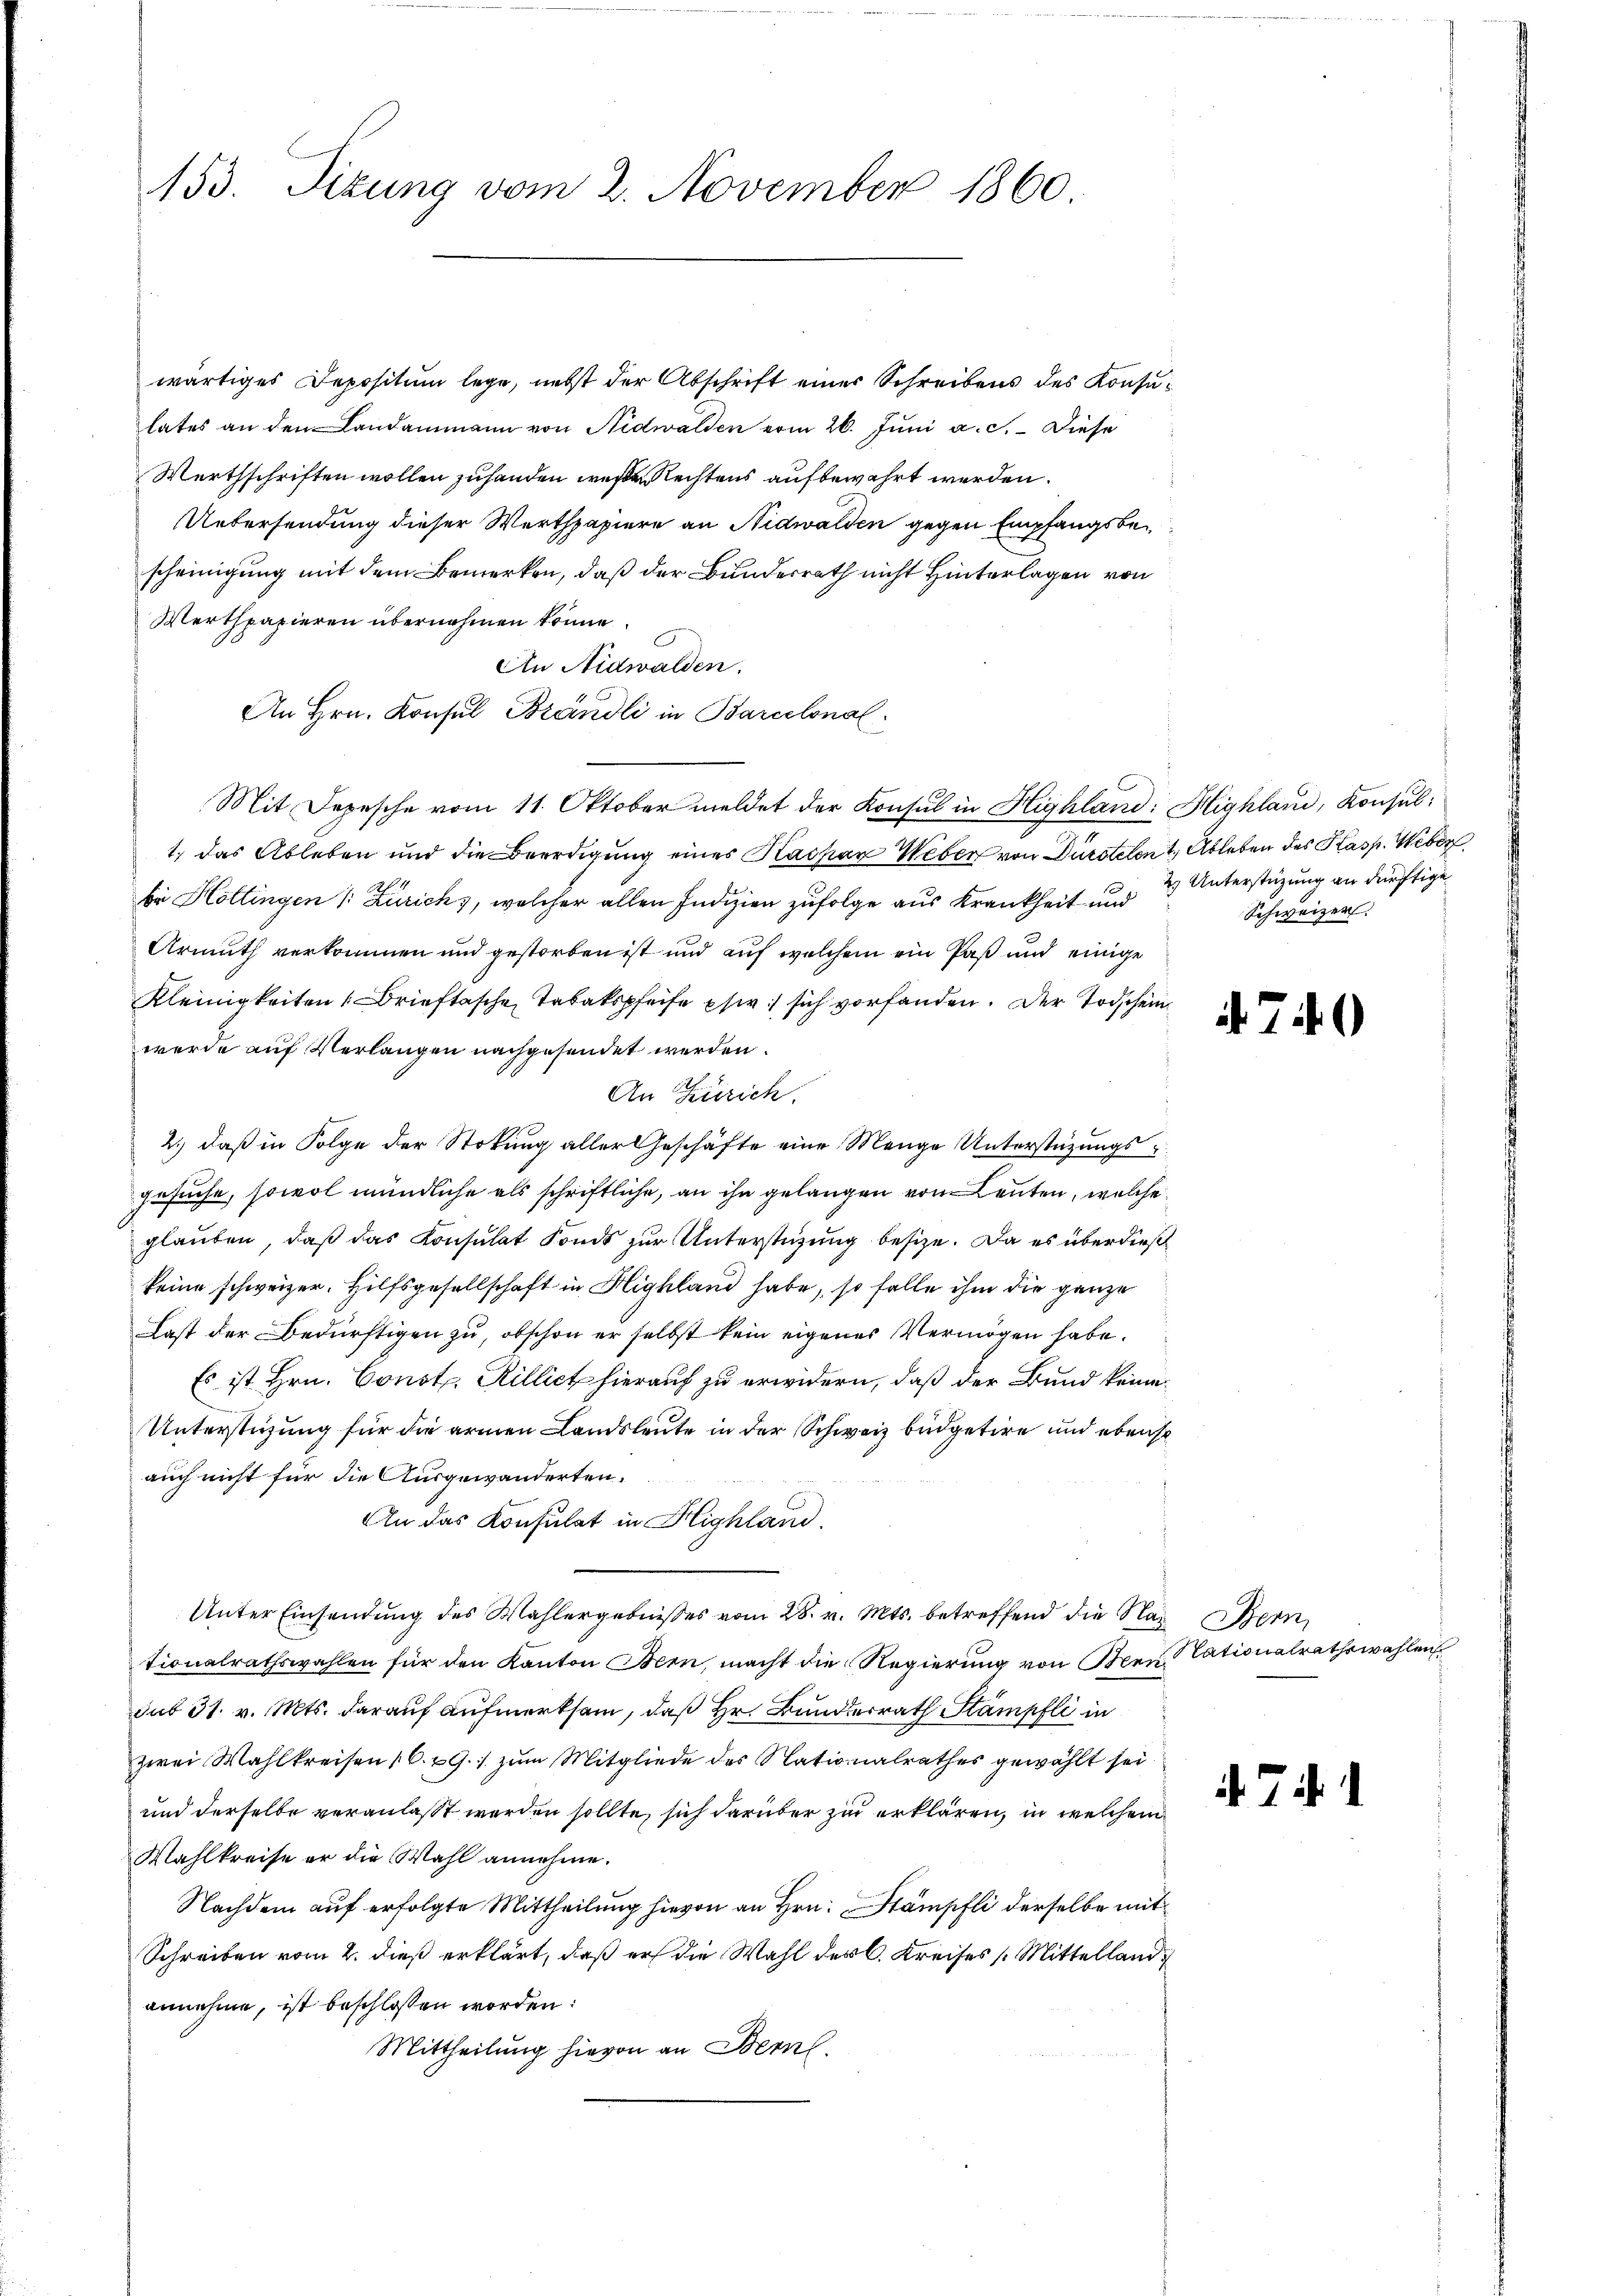
153. Sizung vom 2. November 1860

wärtiges Depositum lege, nebst der Abschrift einer Schreibens des Konsulates an den Landammann von Nidwalden vom 26. Juni a. c. Diese
Werthschriften wollen zuhanden wesen Rechtens aufbewahrt werden.
Uebersendung dieser Werthpapiere an Nidwalden gegen Empfangsbescheinigung mit dem Bemerken, daß der Bundesrath nicht Hinterlagen von
Werthpapieren übernehmen könne.
An Nidwalden.
An Hrn. Konsul Brändli in Barcelonal
Mit Depesche vom 11. Oktober meldet der Konsul in Highland: Highland, Konsul¬
1. das Ableben und die Beerdigung eines Kaspar Weber von Dürstelen & Ableben des Kasp. Weber
bei Hottingen /: Zürich), welcher allen Indizien zufolge aus Krankheit und
Armuth verkommen und gestorben ist und auf welchem ein Paß und einige
Kleinigkeiten Brieftasche Tabakspfeife per sich vorfanden. Der Todschein
werde auf Verlangen nachgesendet werden.
An Zürich.
2.) daß in Folge der Stokung aller Geschäfte eine Menge Unterstützungsgesuche, sowol mündliche als schriftliche, an ihn gelangen von Leuten, welche
glauben, daß das Konsulat Fonds zur Unterstützung besize. Da es überdießkeine schweizer. Hilfsgesellschaft in Highland habe, so falle ihm die ganze
Last der Bedürftigen zu, obschon er selbst kein eigenes Vermögen habe.
Es ist Hrn. Const. Rillict hierauf zu erwidern, daß der Bund keine
Unterstüzung für die armen Landsleute in der Schweiz büdgetire und ebenso
auch nicht für die Ausgewanderten.
An das Konsulat in Highland.
Unter Einsendung des Wahlergebnisses vom 28. v. Mts. betreffend die Nac
tionalrathswahlen für den Kanton Bern, macht die Regierung von Meusub 31. v. Mts. darauf aufmerksam, daß Hr. Bunderrath Stämpfli in
zwei Wahlkreisen (C. 29. zum Mitgliede des Nationalrathes gewählt sei.
und derselbe veranlasst werden sollte, sich darüber zu erklären, in welchem
Wahlkreise er die Wahl annehme.
Nachdem auf erfolgte Mittheilung hievon an Hrn. Stämpfli derselbe mit
Schreiben vom 2. dieß erklärt, daß er die Wahl des C. Kreises Mittelland
annehme, ist beschlossen worden:
Mittheilung hievon an Bern.

2) Unterstüzung an dürftige
Schweizer.

474.

Bern
Stationalrathswahlen

. 7. d.